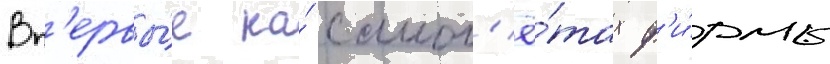
Вп'ервы́е на́ самол'ё́тах ф'и́рмы